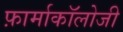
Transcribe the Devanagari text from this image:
फ़ार्माकॉलोजी